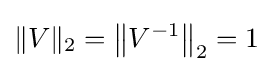
\|V\|_{2}=\left\|V^{-1}\right\|_{2}=1